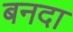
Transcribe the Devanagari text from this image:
बनदा